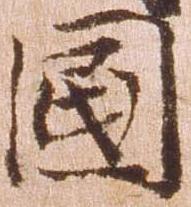
国